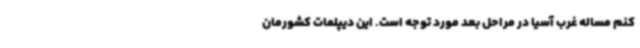
کنم مساله غرب آسیا در مراحل بعد مورد توجه است. این دیپلمات کشورمان